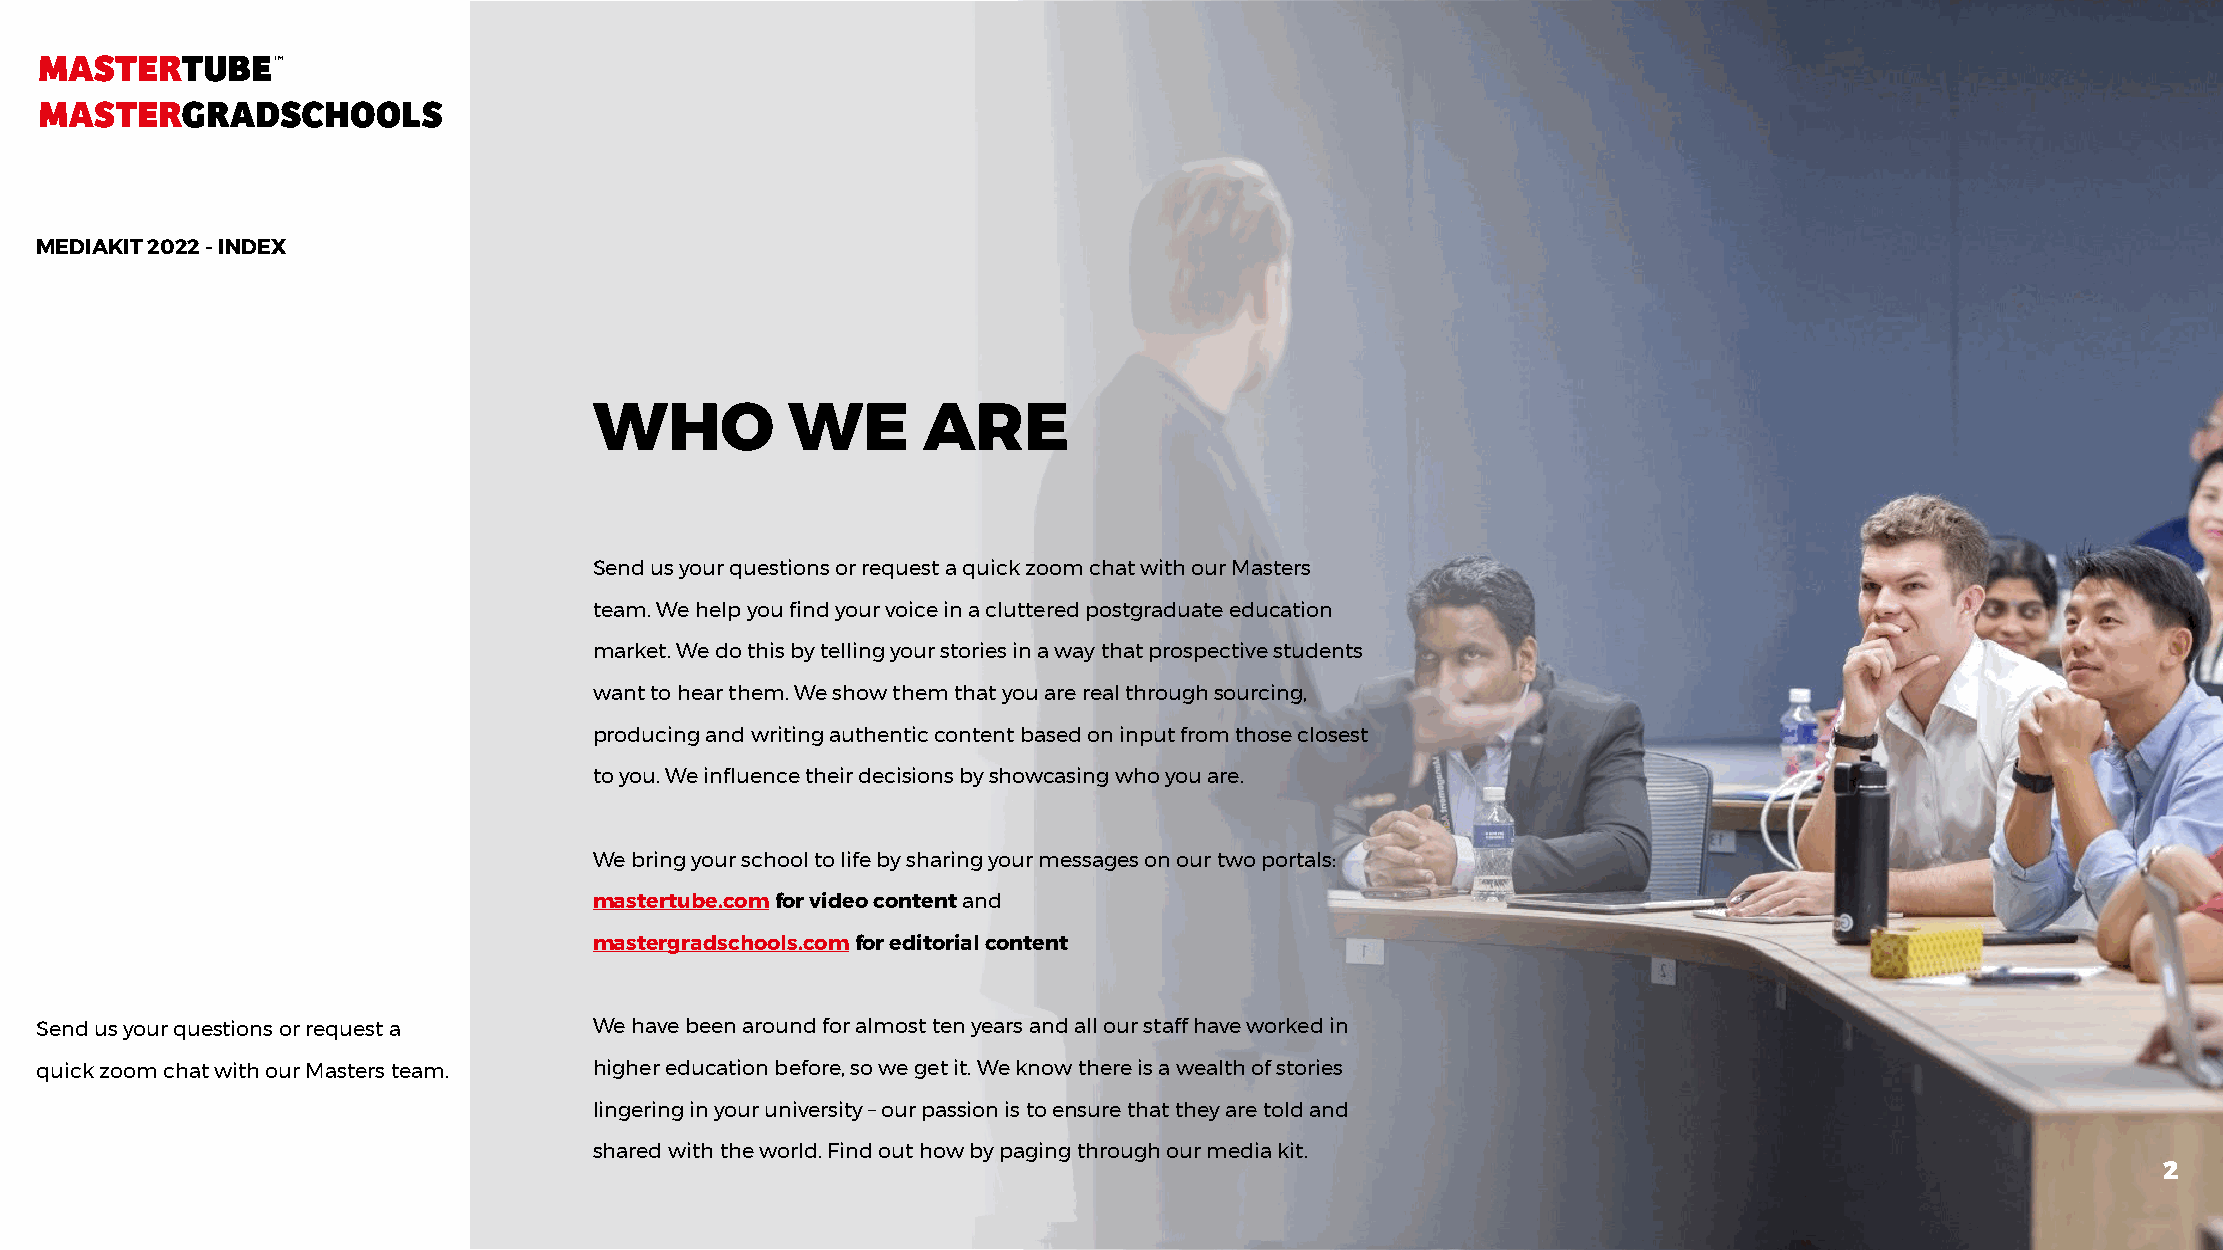
MEDIAKIT 2022 - INDEX
 WHO          WE       ARE
 Send us your questions or request a quick zoom chat with our Masters
 team. We help you find your voice in a cluttered postgraduate education
 market. We do this by telling your stories in a way that prospective students
 want to hear them. We show them that you are real through sourcing,
 producing and writing authentic content based on input from those closest
 to you. We influence their decisions by showcasing who you are.
 We bring your school to life by sharing your messages on our two portals:
 mastertube.com for video content and
 mastergradschools.com for editorial content
 Send us your questions or request a  We have been around for almost ten years and all our staff have worked in
 quick zoom chat with our Masters team. higher education before, so we get it. We know there is a wealth of stories
 lingering in your university – our passion is to ensure that they are told and
 shared with the world. Find out how by paging through our media kit.
 2